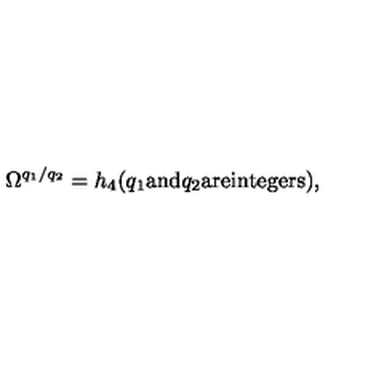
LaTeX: \Omega ^ { q _ { 1 } / q _ { 2 } } = h _ { 4 } ( q _ { 1 } \mathrm { a n d } q _ { 2 } \mathrm { a r e i n t e g e r s } ) ,